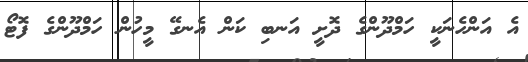
އެ އަންހެނަކީ ހަމްދޫންގެ ދޮށީ އަނބި ކަން އެނގޭ މީހުން ހަމްދޫންގެ ފޮޓޯ